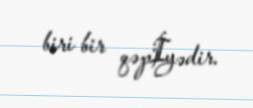
biri bir qəpİyədir.